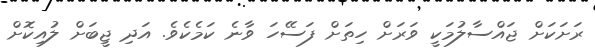
ރަށަކަށް ޖައްސާލުމަކީ ވަރަށް ހިތަށް ފަސޭހަ ވާނެ ކަމެކެވެ. އަދި ޖީބަށް ލުއިކޮށް